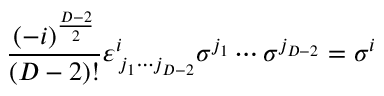
\frac { ( - i ) ^ { \frac { D - 2 } { 2 } } } { ( D - 2 ) ! } \varepsilon _ { \, j _ { 1 } \cdots j _ { D - 2 } } ^ { i } \sigma ^ { j _ { 1 } } \cdots \sigma ^ { j _ { D - 2 } } = \sigma ^ { i }